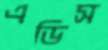
এডিস